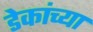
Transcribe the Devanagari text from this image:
डेकांच्या